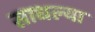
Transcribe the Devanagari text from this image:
साधल्या